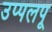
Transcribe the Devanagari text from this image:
उप्पलपू